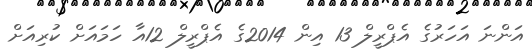
އަންނަ އަހަރުގެ އެޕްރީލް 13 އިން 2014ގެ އެޕްރީލް 12އާ ހަމައަށް ކުރިއަށް